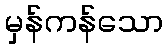
မှန်ကန်သော